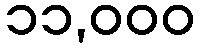
၁၁,၀၀၀